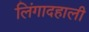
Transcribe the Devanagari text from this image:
लिंगादहाली